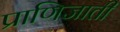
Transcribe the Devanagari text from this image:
प्राणिजाती